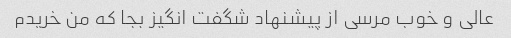
عالی و خوب مرسی از پیشنهاد شگفت انگیز بجا که من خریدم